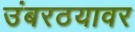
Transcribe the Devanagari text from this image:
उंबरठयावर